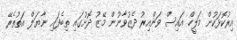
އިރުކޮޅަކުން މަލީހް އައިސް ވަންއިރު ދެޒުވާނުން މޭޒު ދޮށުގައި ތިބެފައި ނާޔަލް އަތުތެރޭ